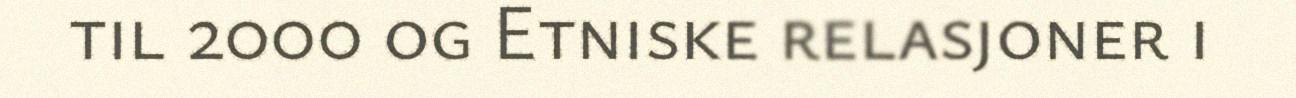
til 2000 og Etniske relasjoner i